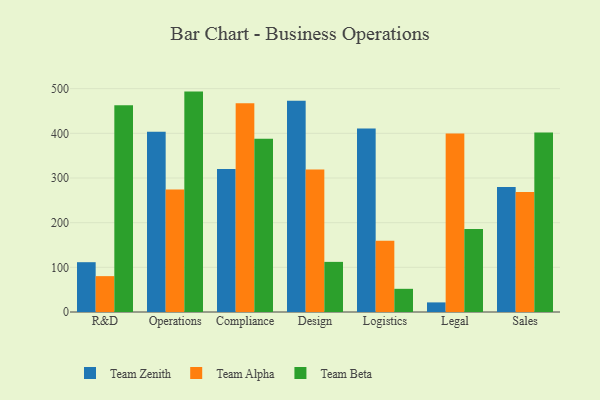
{"axis": {"x": "Department", "y": "Demand Index"}, "legend": ["Team Alpha", "Team Beta", "Team Zenith"], "data": [{"x": "R&D", "y": 111.5, "type": "Team Zenith"}, {"x": "R&D", "y": 80.3, "type": "Team Alpha"}, {"x": "R&D", "y": 462.9, "type": "Team Beta"}, {"x": "Operations", "y": 403.6, "type": "Team Zenith"}, {"x": "Operations", "y": 274.3, "type": "Team Alpha"}, {"x": "Operations", "y": 493.4, "type": "Team Beta"}, {"x": "Compliance", "y": 320.1, "type": "Team Zenith"}, {"x": "Compliance", "y": 467.1, "type": "Team Alpha"}, {"x": "Compliance", "y": 388.0, "type": "Team Beta"}, {"x": "Design", "y": 473.0, "type": "Team Zenith"}, {"x": "Design", "y": 319.2, "type": "Team Alpha"}, {"x": "Design", "y": 112.2, "type": "Team Beta"}, {"x": "Logistics", "y": 410.6, "type": "Team Zenith"}, {"x": "Logistics", "y": 159.6, "type": "Team Alpha"}, {"x": "Logistics", "y": 51.9, "type": "Team Beta"}, {"x": "Legal", "y": 21.5, "type": "Team Zenith"}, {"x": "Legal", "y": 399.7, "type": "Team Alpha"}, {"x": "Legal", "y": 185.7, "type": "Team Beta"}, {"x": "Sales", "y": 280.0, "type": "Team Zenith"}, {"x": "Sales", "y": 268.6, "type": "Team Alpha"}, {"x": "Sales", "y": 401.9, "type": "Team Beta"}]}